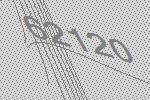
62120